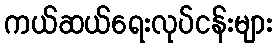
ကယ်ဆယ်ရေးလုပ်ငန်းများ